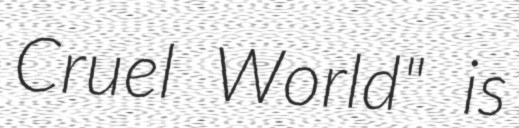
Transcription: Cruel World" is